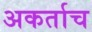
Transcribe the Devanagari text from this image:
अकर्ताच